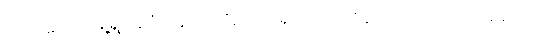
တပါးသော မြို့ရွာ နိဂုံးဇနပုဒ်တို့၌။ ဧဝရူပံ ဘောဇနံ၊ ဤသို့သဘောရှိသော